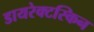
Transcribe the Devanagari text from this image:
डायरेक्टस्किन